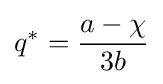
q^{*}={\frac {a-\chi }{3b}}